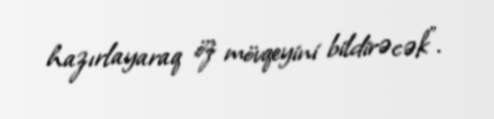
hazırlayaraq öz mövqeyini bildirəcək”.